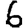
Digit: 6